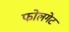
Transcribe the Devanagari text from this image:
फोलगेट